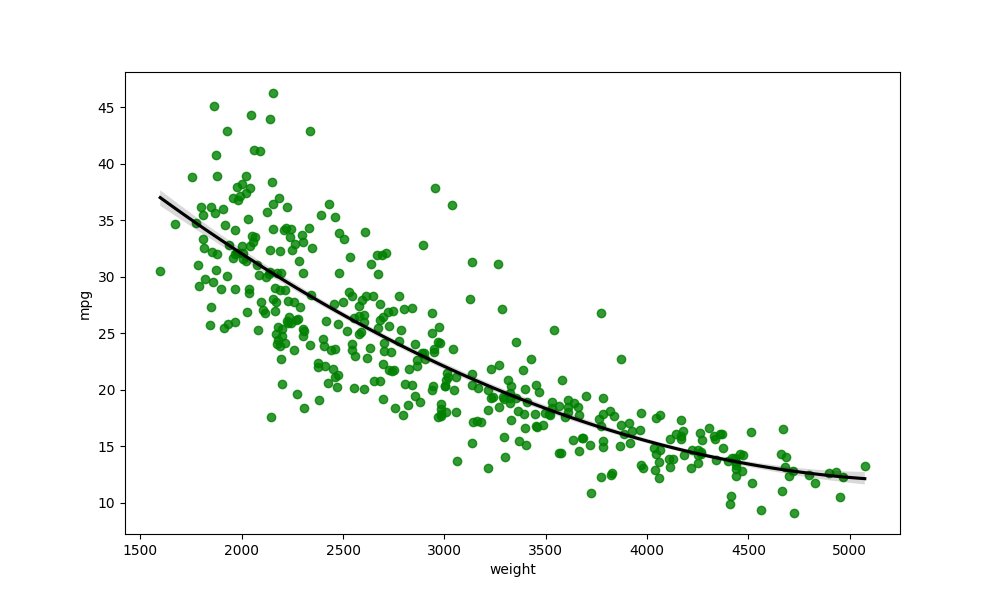
python, seaborn, regplot, order=2, ci=68, scatter_color=green, line_color=black